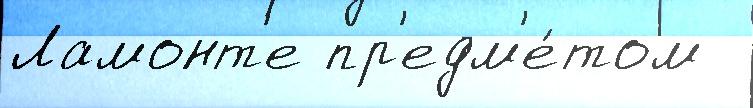
Ламонт'е пр'едм'е́том